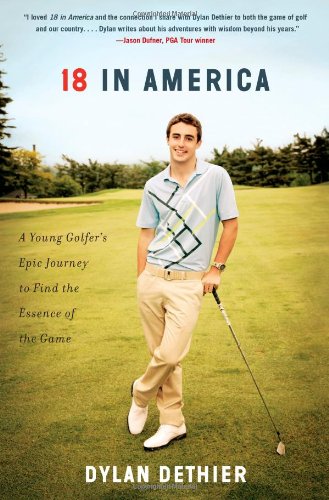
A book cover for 18 in America: A Young Golfer's Epic Journey to Find the Essence of the Game; Dylan Dethier; Sports & Outdoors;